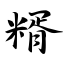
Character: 糈